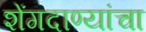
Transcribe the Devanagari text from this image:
शेंगदाण्यांचा